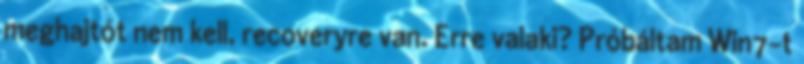
meghajtót nem kell, recoveryre van. Erre valaki? Próbáltam Win7-t